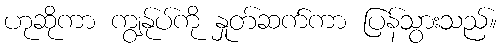
ဟုဆိုကာ ကျွန်ုပ်ကို နှုတ်ဆက်ကာ ပြန်သွားသည်။